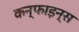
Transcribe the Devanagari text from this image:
कन्फाइन्स